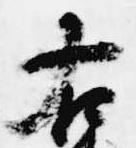
右